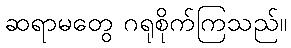
ဆရာမတွေ ဂရုစိုက်ကြသည်။